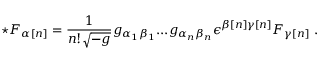
\star F _ { { \alpha } [ n ] } = \frac { 1 } { n ! \sqrt { - g } } g _ { { \alpha } _ { 1 } { \beta } _ { 1 } } . . . g _ { { \alpha } _ { n } { \beta } _ { n } } { \epsilon } ^ { { \beta } [ n ] { \gamma } [ n ] } F _ { { \gamma } [ n ] } \ .